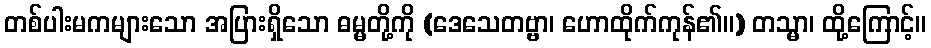
တစ်ပါးမကများသော အပြားရှိသော ဓမ္မတို့ကို (ဒေသေတဗ္ဗာ၊ ဟောထိုက်ကုန်၏။) တသ္မာ၊ ထို့ကြောင့်။